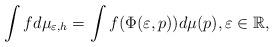
LaTeX: \begin{align*} \int f d\mu_{\varepsilon,h} = \int f(\Phi(\varepsilon,p)) d\mu(p), \varepsilon \in \mathbb R, \end{align*}